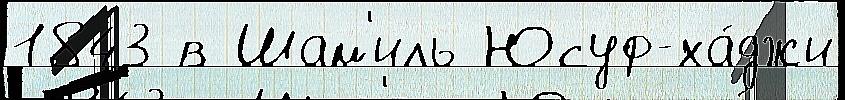
1843 в Шам'иль Юсуф-ха́джи